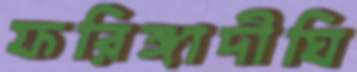
ফরিঙ্গাদীঘি